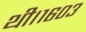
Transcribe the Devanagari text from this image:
थी।१६०३